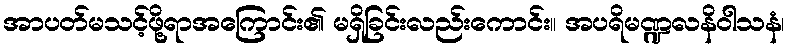
အာပတ်မသင့်ဖို့ရာအကြောင်း၏ မရှိခြင်းလည်းကောင်း။ အပရိမဏ္ဍလနိဝါသနံ၊